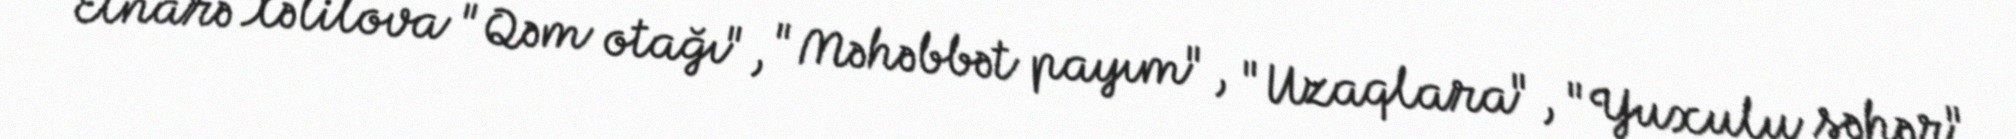
Elnarə Xəlilova "Qəm otağı", "Məhəbbət payım", "Uzaqlara", "Yuxulu şəhər",